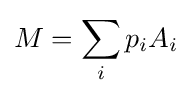
M=\sum _{i}p_{i}A_{i}